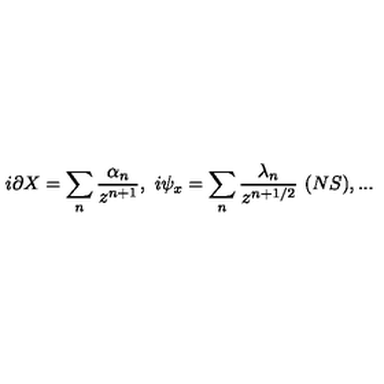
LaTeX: i \partial X = \sum _ { n } { \frac { \alpha _ { n } } { z ^ { n + 1 } } } , \ i \psi _ { x } = \sum _ { n } { \frac { \lambda _ { n } } { z ^ { n + 1 / 2 } } } \ ( N S ) , . . .